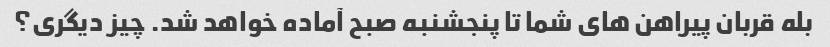
بله قربان پیراهن های شما تا پنجشنبه صبح آماده خواهد شد. چیز دیگری؟